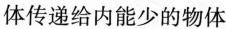
体传递给内能少的物体